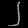
Digit: ၂